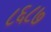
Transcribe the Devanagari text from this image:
८६८७